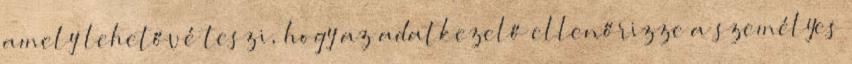
amely lehetővé teszi, hogy az adatkezelő ellenőrizze a személyes